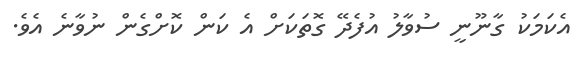
އެކަމަކު ގާނޫނީ ސުވާލު އުފެދޭ ގޮތަކަށް އެ ކަން ކޮށްގެން ނުވާނެ އެވެ.